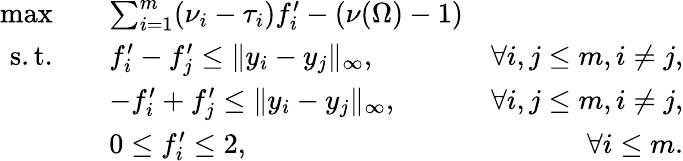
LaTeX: \begin{array}{rlr}{\operatorname*{max}\quad}&{\sum_{i=1}^{m}(\nu_{i}-\tau_{i})f_{i}^{\prime}-\left(\nu(\Omega)-1\right)}\\ {\mathrm{s.t.}\quad}&{f_{i}^{\prime}-f_{j}^{\prime}\leq\| y_{i}-y_{j}\| _{\infty},}&{\forall i,j\leq m,i\not=j,}\\ &{-f_{i}^{\prime}+f_{j}^{\prime}\leq\| y_{i}-y_{j}\| _{\infty},}&{\forall i,j\leq m,i\not=j,}\\ &{0\leq f_{i}^{\prime}\leq 2,}&{\forall i\leq m.}\end{array}